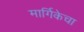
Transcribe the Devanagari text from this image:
मार्गिकेचा